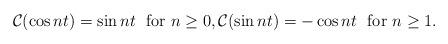
LaTeX: \begin{align*}{\cal C} (\cos n t) = \sin n t \ \ \mbox{for} \ n \geq 0 , {\cal C} (\sin n t)= - \cos n t \ \ \mbox{for} \ n \geq 1 . \end{align*}